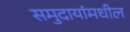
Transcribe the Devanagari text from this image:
समुदायांमधील